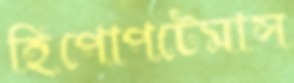
হিপোপটেমাস